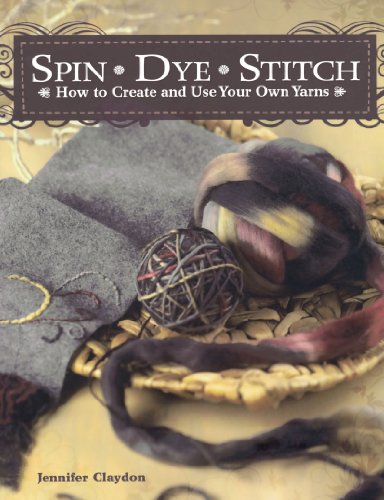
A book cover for Spin Dye Stitch: How to Create and Use Your Own Yarns; Jennifer Claydon; Crafts, Hobbies & Home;